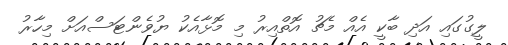
ލީގުގައި އަދި ބާކީ އެއް މެޗު އޮތްއިރު މި މޮޅާއެކު ޔުވެންޓަސްއަށް މިހާރު